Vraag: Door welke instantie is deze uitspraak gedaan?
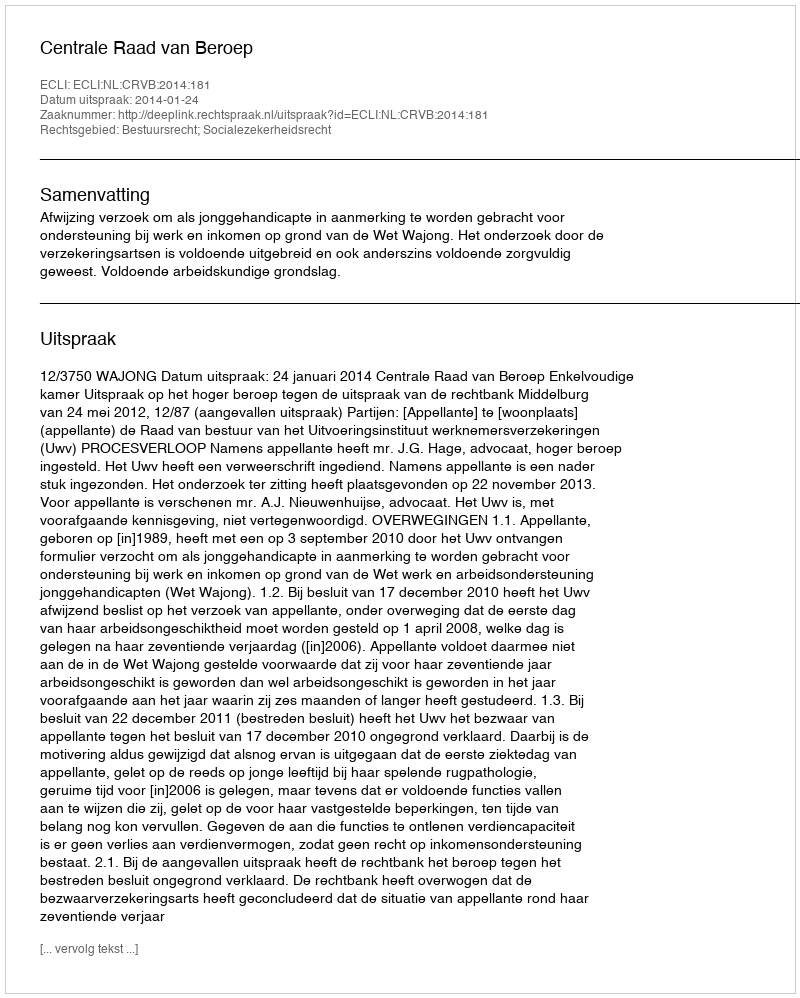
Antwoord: Centrale Raad van Beroep